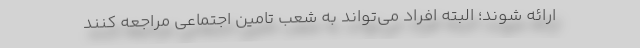
ارائه شوند؛ البته افراد می‌تواند به شعب تامین اجتماعی مراجعه کنند